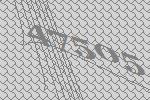
47505